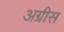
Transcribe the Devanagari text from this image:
अग्रीस